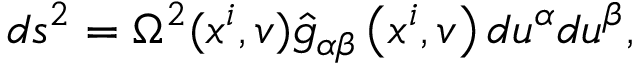
d s ^ { 2 } = \Omega ^ { 2 } ( x ^ { i } , v ) \hat { { g } } _ { \alpha \beta } \left( x ^ { i } , v \right) d u ^ { \alpha } d u ^ { \beta } ,